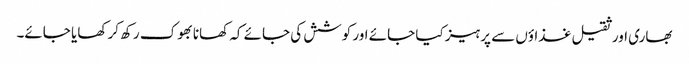
بھاری اور ثقیل غذاؤں سے پرہیز کیا جائے اور کوشش کی جائے کہ کھانا بھوک رکھ کر کھایا جائے۔